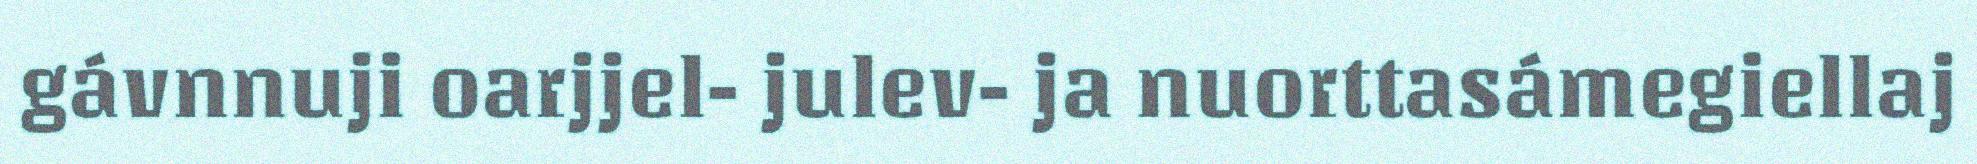
gávnnuji oarjjel- julev- ja nuorttasámegiellaj